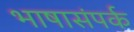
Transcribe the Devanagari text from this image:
भाषासंपर्क